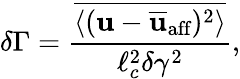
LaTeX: \delta\Gamma=\frac{\overline{{\langle(\mathbf{u}-\overline{{\mathbf{u}}}_{\textrm{aff}})^{2}\rangle}}}{\ell_{c}^{2}\delta\gamma^{2}},